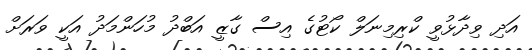
އަދި ވިދާޅުވީ ކްރިމިނަލް ކޯޓުގެ އިސް ގާޒީ އަބްދު މުހަންމަދު އަކީ ވަރަށް